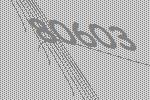
80603